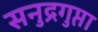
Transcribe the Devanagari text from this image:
सनुद्रगुप्ता